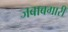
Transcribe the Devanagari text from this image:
जबाबगारी